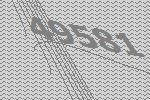
49581